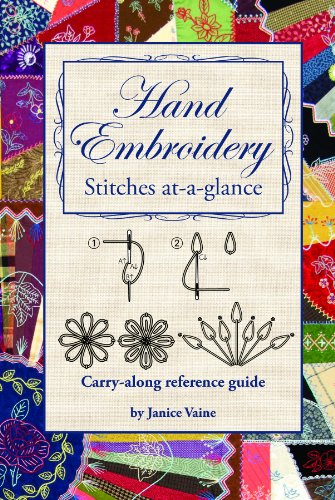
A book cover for Hand Embroidery Stitches At A Glance; Janice Vaine; Crafts, Hobbies & Home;